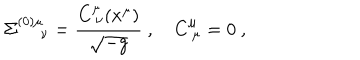
\Sigma _ { \quad \ \nu } ^ { ( 0 ) \mu } = { \frac { C _ { \ \nu } ^ { \mu } ( x ^ { \mu } ) } { \sqrt { - g } } } \ , \quad C _ { \ \mu } ^ { \mu } = 0 \ ,